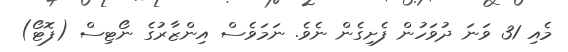
މެއި 31 ވަނަ ދުވަހުން ފެށިގެން ނެވެ. ނަމަވެސް އިންޒާރުގެ ނޯޓިސް (ފޮޓޯ)